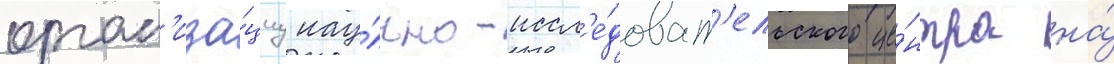
орган'иза́циу нау́чно-иссл'е́доват'ельского це́нтра на́